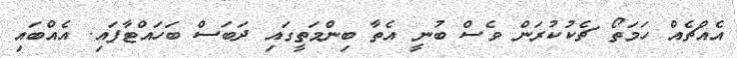
އެއްޗެއް ހަމަތޯ ޗެކުކުރަން ވެސް ބުނީ އެތާ ބިންމަތީގައި ދަބަސް ބަހައްޓާފައި. އެއްބައި